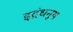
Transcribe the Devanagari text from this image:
इद्रंधनुष